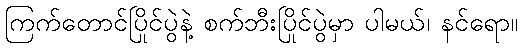
ကြက်တောင်ပြိုင်ပွဲနဲ့ စက်ဘီးပြိုင်ပွဲမှာ ပါမယ်၊ နင်ရော။